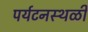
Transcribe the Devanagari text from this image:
पर्यटनस्थळी